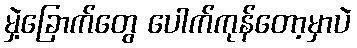
မှဲ့ခြောက်တွေ ပေါက်ကုန်တော့မှာပဲ